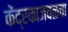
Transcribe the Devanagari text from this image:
केंद्रकाजवळचा